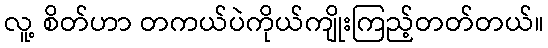
လူ့ စိတ်ဟာ တကယ်ပဲကိုယ်ကျိုးကြည့်တတ်တယ်။